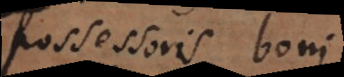
possessoris boni;